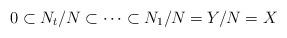
LaTeX: \begin{align*} 0\subset N_t/N\subset\cdots\subset N_1/N=Y/N=X \end{align*}